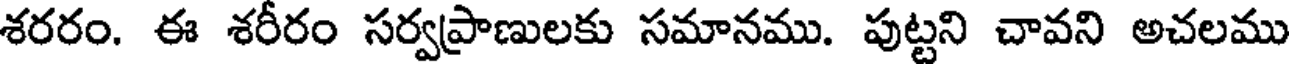
శరరం. ఈ శరీరం సర్వప్రాణులకు సమానము. పుట్టని చావని అచలము